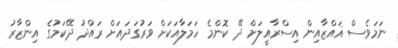
ނަމަވެސް ޣައްޒާއިން އިސްރާއީލަށް ދޭ ކޮންމެ ހަމަލާއަކަށް ވަރުގަދައަށް ރައްދު ދޭކަމުގެ އިންޒާރު